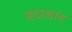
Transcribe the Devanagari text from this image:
मदरशांत